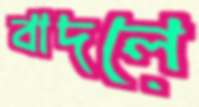
বাদলে